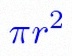
\pi r^2